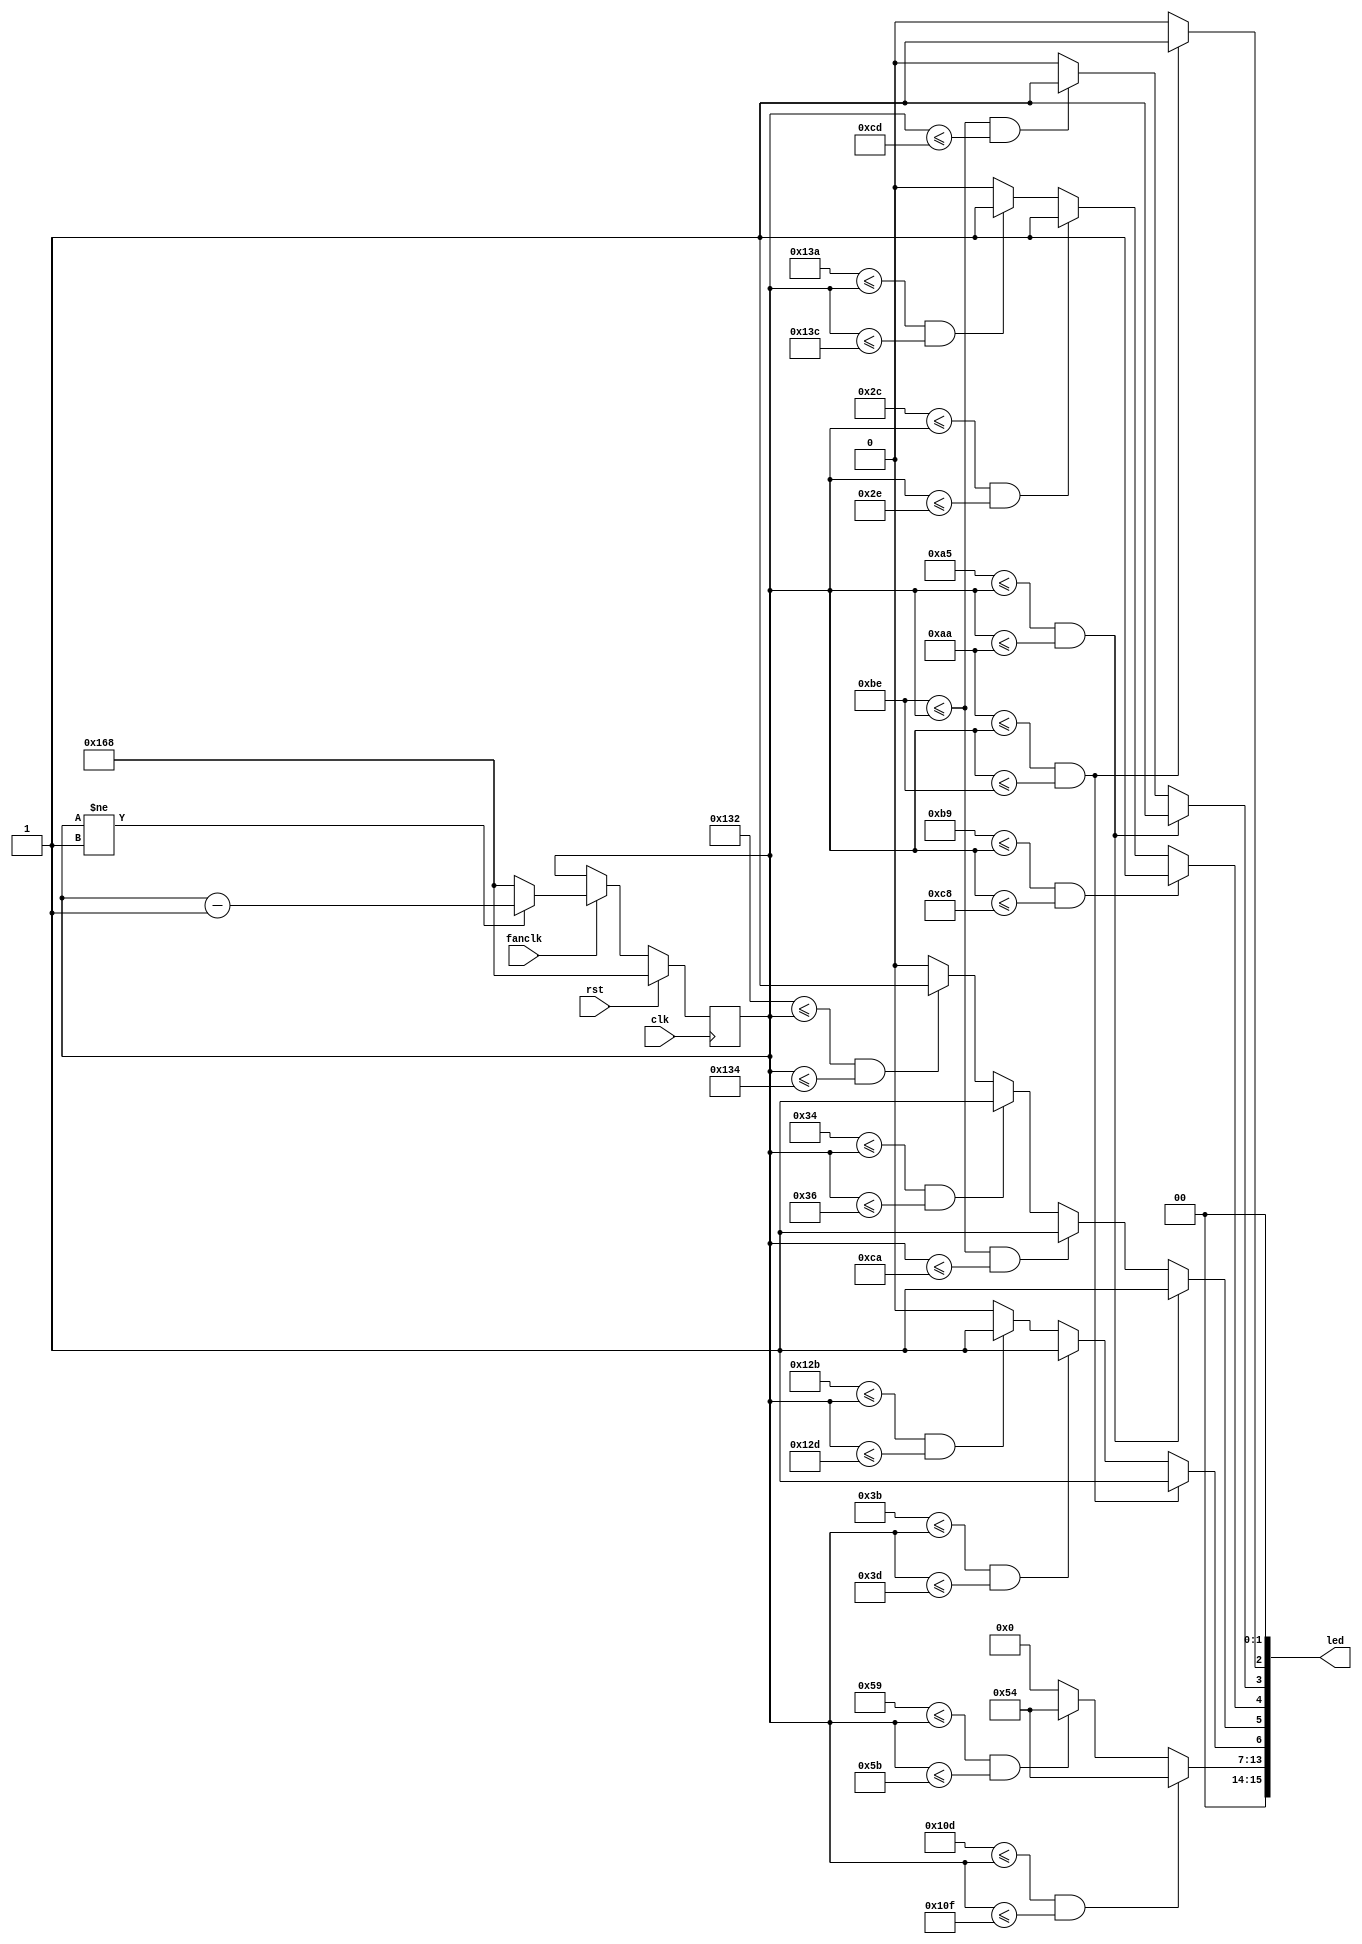
module cute(rst,clk,led,fanclk);
    input rst,clk,fanclk;
    output [15:0]led;

    reg [8:0]deg_counter,nxtdeg_counter;
    reg [15:0]led;


    always@(posedge clk)begin
        if(rst)begin
            deg_counter<=360;
        end else begin
            deg_counter<=nxtdeg_counter;
        end
    end

    always@(*)begin
    if(fanclk)begin
        if(deg_counter!=1)nxtdeg_counter=deg_counter-1;
        else nxtdeg_counter=360;
    end else begin
        nxtdeg_counter=deg_counter;
    end



    led[1:0]=2'b0;

    if(170<=deg_counter&&deg_counter<=190)begin//led 2  ok
        led[2]={1'b1};
    end else begin
        led[2]={1'b0};
    end






    if(165<=deg_counter&&deg_counter<=170)begin//led 3 ok
        led[3]={1'b1};
    end else if(190<=deg_counter&&deg_counter<=205)begin
        led[3]={1'b1};
    end else begin
        led[3]={1'b0};
    end



    if(170<=deg_counter&&deg_counter<=190)begin//led 6
        led[6]={1'b1};
    end else if(59<=deg_counter&&deg_counter<=61)begin
        led[6]={1'b1};
    end else if(299<=deg_counter&&deg_counter<=301)begin
        led[6]={1'b1};
    end else begin
        led[6]={1'b0};
    end

    if(165<=deg_counter&&deg_counter<=170)begin//led 5 ok
        led[5]={1'b1};
    end  else if(190<=deg_counter&&deg_counter<=202) begin
        led[5]={1'b1};
    end else if(52<=deg_counter&&deg_counter<=54)begin
        led[5]={1'b1};
    end else if(306<=deg_counter&&deg_counter<=308)begin
        led[5]={1'b1};
    end else begin
        led[5]={1'b0};
    end

    if(185<=deg_counter&&deg_counter<=200)begin//led 4 ok
        led[4]={1'b1};
    end else if(44<=deg_counter&&deg_counter<=46)begin
        led[4]={1'b1};
    end else if(314<=deg_counter&&deg_counter<=316)begin
        led[4]={1'b1};
    end else begin
        led[4]={1'b0};
    end

    if(269<=deg_counter&&deg_counter<=271)begin
        led[15:7]={9'b001010100};
    end else if(89<=deg_counter&&deg_counter<=91)begin
        led[15:7]={9'b001010100};
    end else begin
        led[15:7]=9'b0;
    end

    end

endmodule